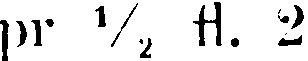
pr ½ H. 2